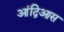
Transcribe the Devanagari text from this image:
आंद्रिआस